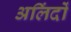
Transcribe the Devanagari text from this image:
अलिंदों